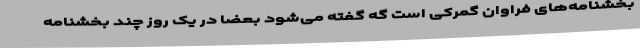
بخشنامه‌های فراوان گمرکی است گه گفته می‌شود بعضا در یک روز چند بخشنامه